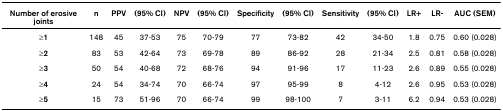
| Number of erosive joints | n | PPV | (95% CI) | NPV | (95% CI) | Specificity | (95% CI) | Sensitivity | (95% CI) | LR+ | LR- | AUC (SEM) |
 | --- | --- | --- | --- | --- | --- | --- | --- | --- | --- | --- | --- | --- |
 | ≥1 | 148 | 45 | 37-53 | 75 | 70-79 | 77 | 73-82 | 42 | 34-50 | 1.8 | 0.75 | 0.60 (0.028) |
 | ≥2 | 83 | 53 | 42-64 | 73 | 69-78 | 89 | 86-92 | 28 | 21-34 | 2.5 | 0.81 | 0.58 (0.028) |
 | ≥3 | 50 | 54 | 40-68 | 72 | 68-76 | 94 | 91-96 | 17 | 11-23 | 2.6 | 0.89 | 0.55 (0.028) |
 | ≥4 | 24 | 54 | 34-74 | 70 | 66-74 | 97 | 95-99 | 8 | 4-12 | 2.6 | 0.95 | 0.53 (0.028) |
 | ≥5 | 15 | 73 | 51-96 | 70 | 66-74 | 99 | 98-100 | 7 | 3-11 | 6.2 | 0.94 | 0.53 (0.028) |